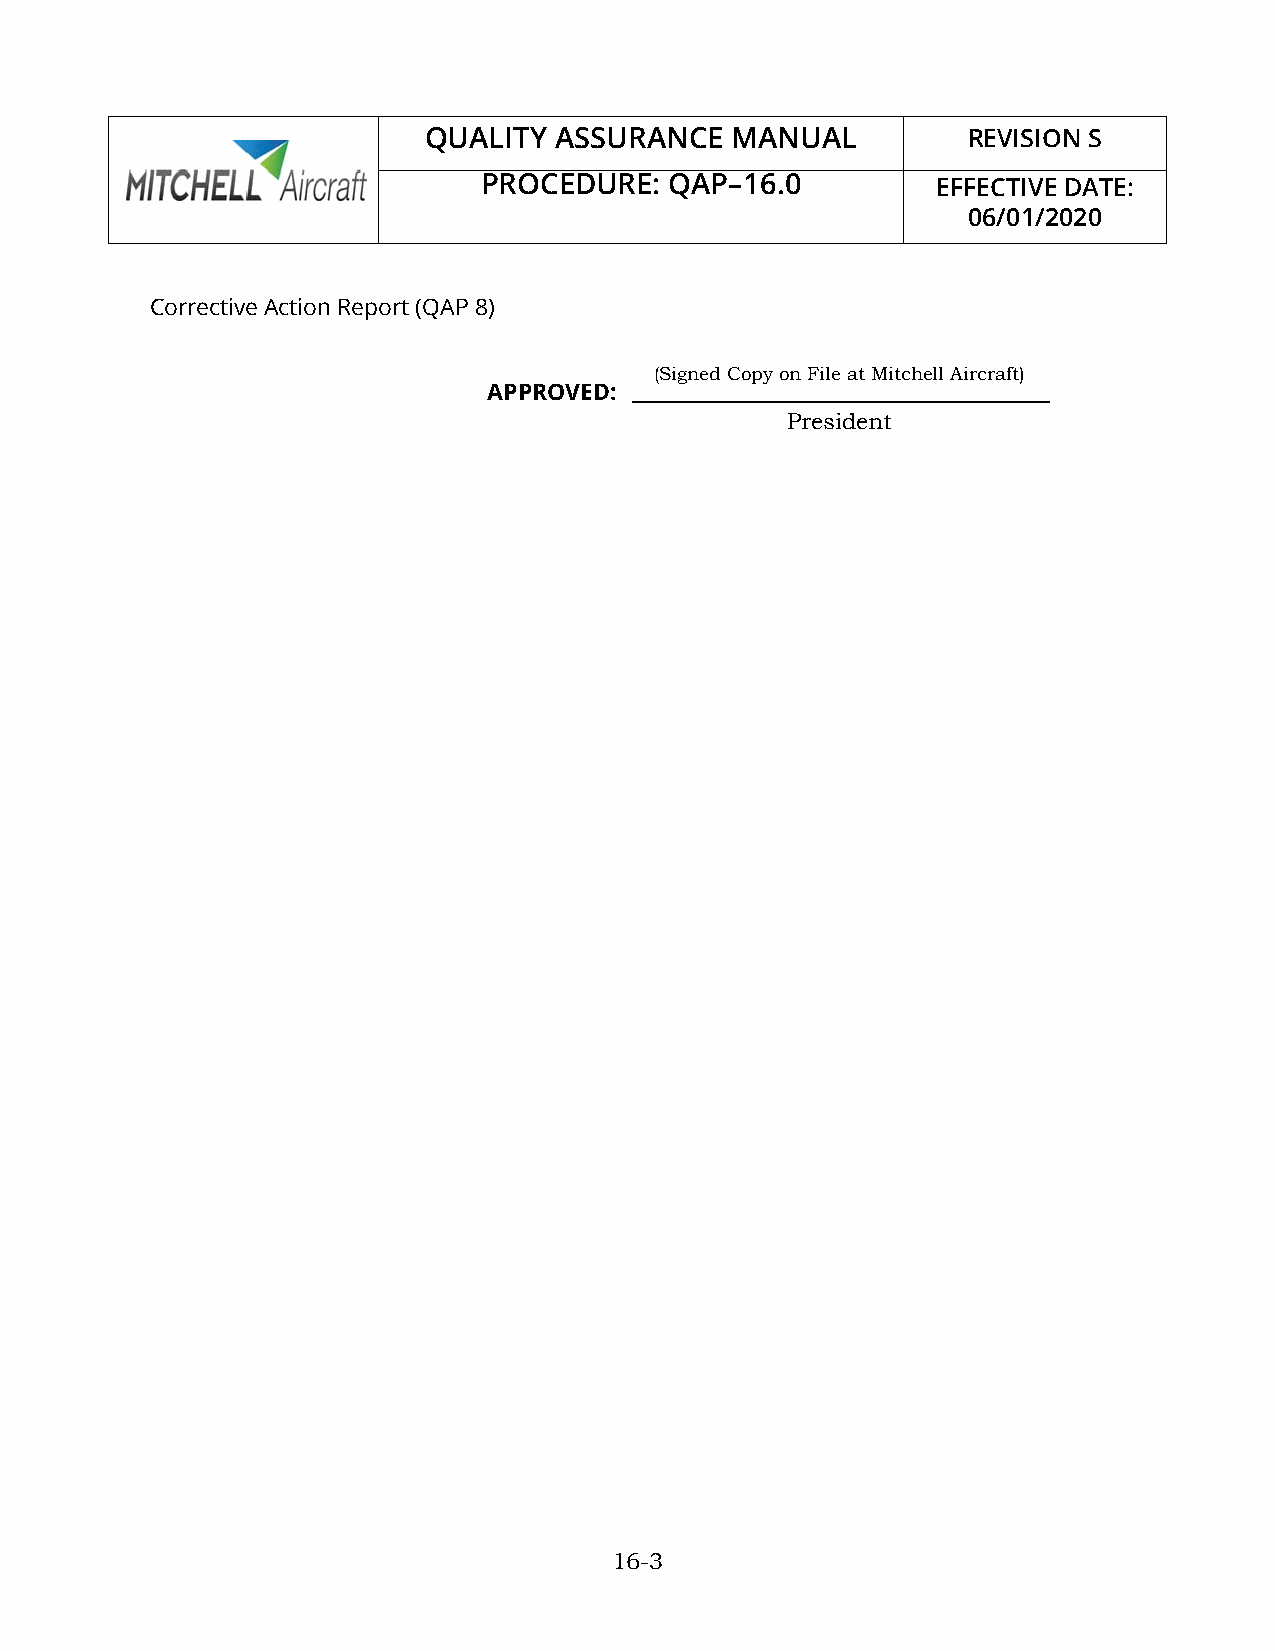
QUALITY  ASSURANCE  MANUAL          REVISION S
 PROCEDURE:  QAP–16.0          EFFECTIVE DATE:
 06/01/2020
 Corrective Action Report (QAP 8)
 (Signed Copy on File at Mitchell Aircraft)
 APPROVED:
 President
 16-3